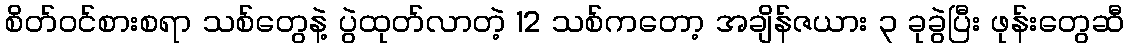
စိတ်ဝင်စားစရာ သစ်တွေနဲ့ ပွဲထုတ်လာတဲ့ 12 သစ်ကတော့ အချိန်ဇယား ၃ ခုခွဲပြီး ဖုန်းတွေဆီ